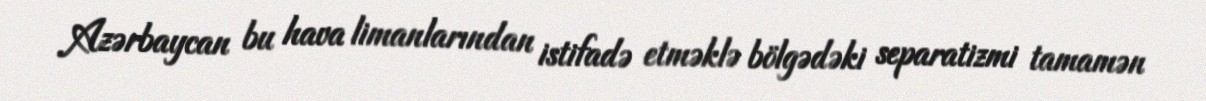
Azərbaycan bu hava limanlarından istifadə etməklə bölgədəki separatizmi tamamən